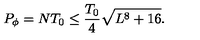
P _ { \phi } = N T _ { 0 } \leq \frac { T _ { 0 } } { 4 } \sqrt { L ^ { 8 } + 1 6 } .